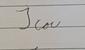
Signature authenticity: forged